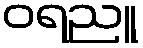
ဝရညူ